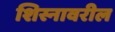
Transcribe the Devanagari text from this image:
शिस्नावरील